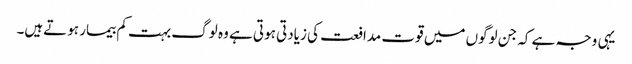
یہی وجہ ہے کہ جن لوگوں میں قوت مدافعت کی زیادتی ہوتی ہے وہ لوگ بہت کم بیمار ہوتےہیں۔